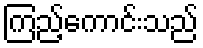
ကြည့်ကောင်းသည်